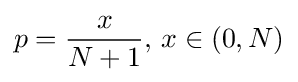
p={\frac {x}{N+1}}{\text{, }}x\in (0,N)